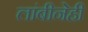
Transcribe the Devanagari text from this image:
लांबीनेही